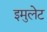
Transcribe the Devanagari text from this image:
इमुलेट